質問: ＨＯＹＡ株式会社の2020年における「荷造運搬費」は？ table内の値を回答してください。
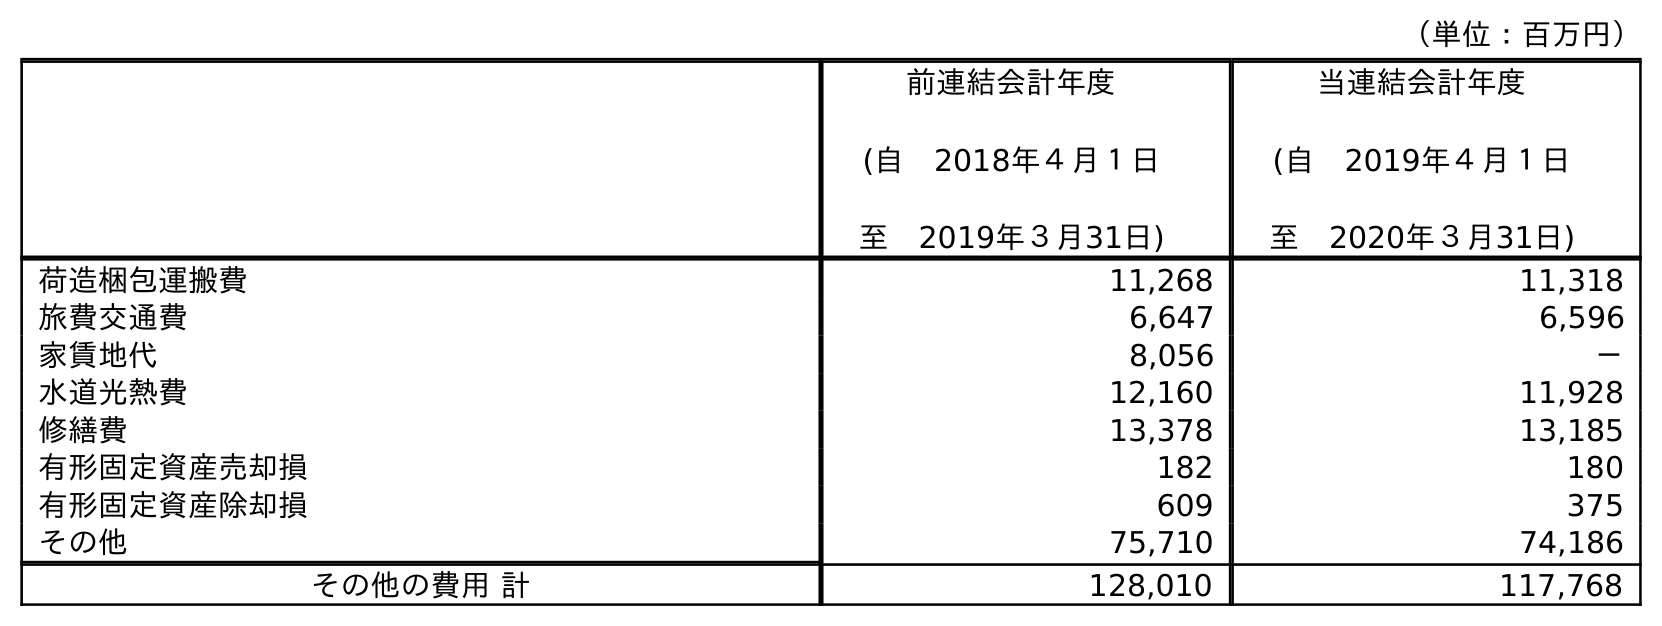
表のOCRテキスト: （単位：百万円） 前連結会計年度 (自 2018年４月１日 至 2019年３月31日) 当連結会計年度 (自 2019年４月１日 至 2020年３月31日) 荷造梱包運搬費 11,268 11,318 旅費交通費 6,647 6,596 家賃地代 8,056 － 水道光熱費 12,160 11,928 修繕費 13,378 13,185 有形固定資産売却損 182 180 有形固定資産除却損 609 375 その他 75,710 74,186 その他の費用 計 128,010 117,768
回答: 11,318